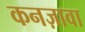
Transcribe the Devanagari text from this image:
कनज़ावा